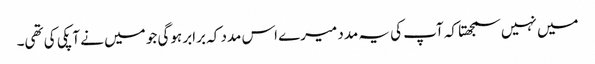
میں نہیں سمجھتا کہ آپ کی یہ مدد میرے اس مدد کہ برابر ہوگی جو میں نے آپکی کی تھی۔